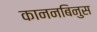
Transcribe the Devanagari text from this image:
काननबिनुस